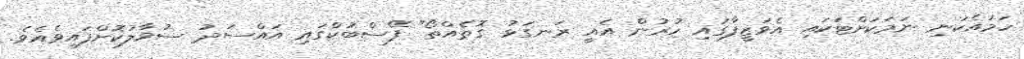
ހަމައެކަނި ނަމަކަށްޓަކައި އެވަޒީފާގައި ހުރުން އެއީ ރަނގަޅު ގޮތެއްތޯ" ފޭސްބުކްގައި އައްސަދު ސުވާލުކޮށްފައިވެއެވެ.